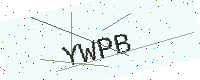
Text: YWPB